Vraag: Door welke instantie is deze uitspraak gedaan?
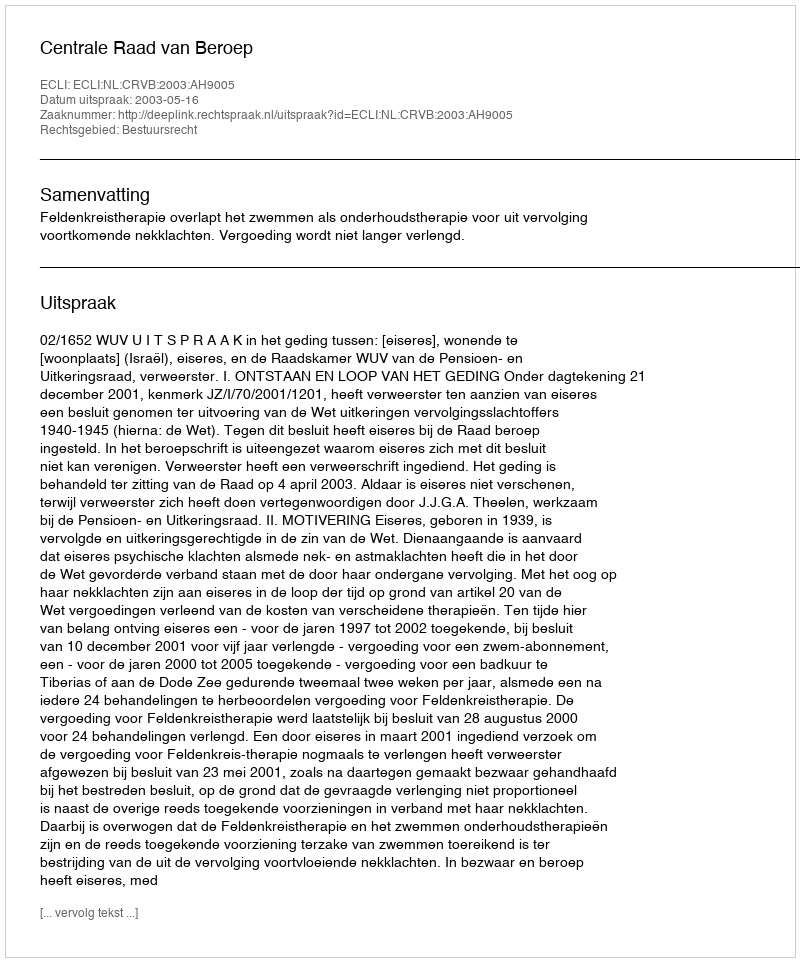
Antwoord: Centrale Raad van Beroep